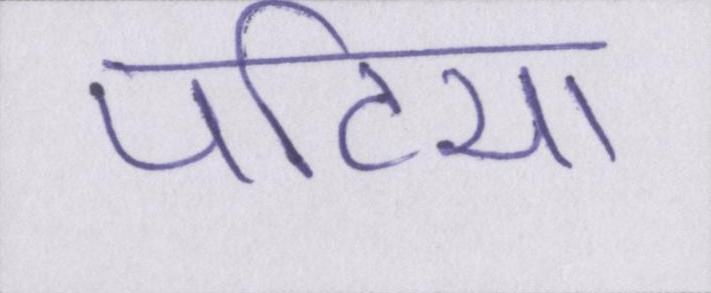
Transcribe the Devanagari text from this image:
पटिया